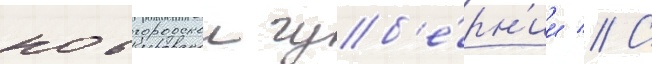
новгородскои губ'е́рн'ии // С